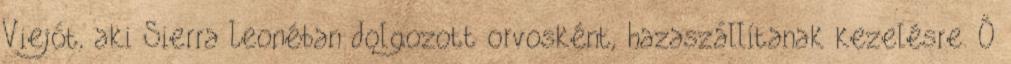
Viejót, aki Sierra Leonéban dolgozott orvosként, hazaszállítanak kezelésre. Ő